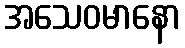
အသေဝမာနော